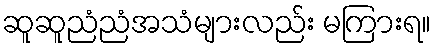
ဆူဆူညံညံအသံများလည်း မကြားရ။